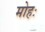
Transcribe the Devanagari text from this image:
मोहः